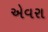
એવરા